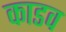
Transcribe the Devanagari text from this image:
काडव